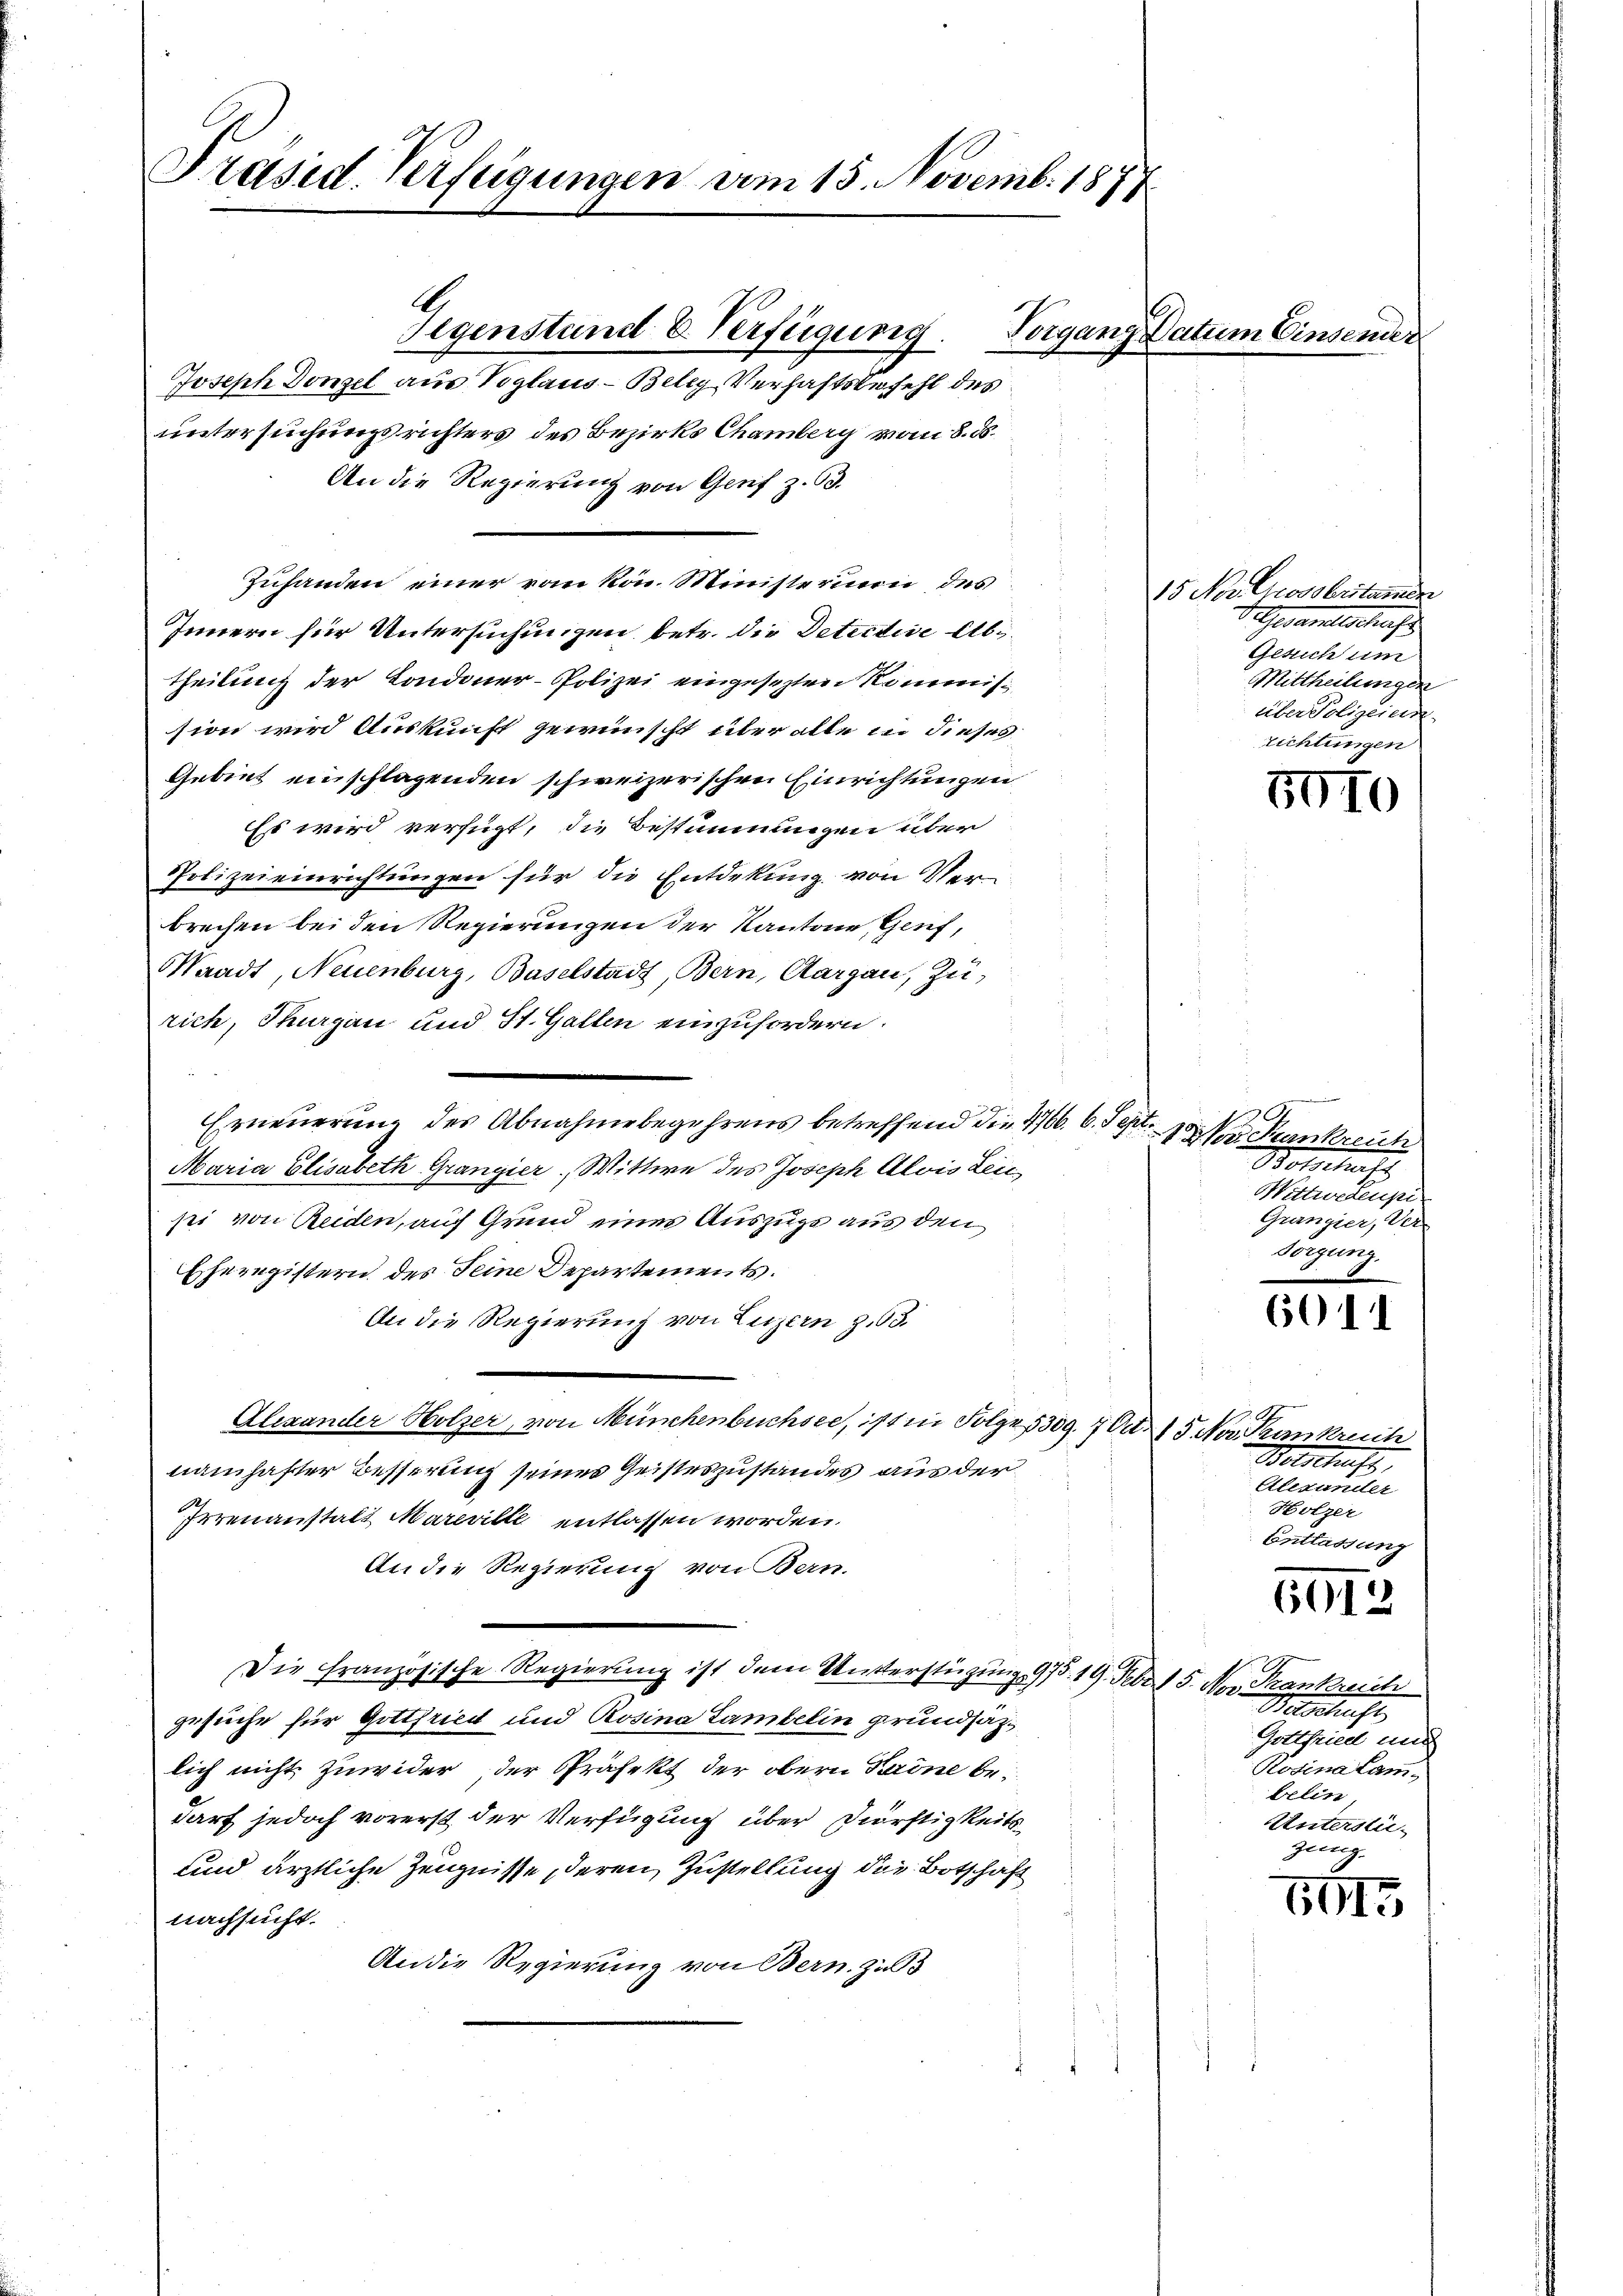
Präsid. Verfeigungen vom 15. Novemb. 1877

Gegenstand u. Verfügung. Vorgang Datum Einsender
Joseph Donzel aus Voglaus - Beleg Verhaftsbefehl des
untersuchungsrichters des Bezirks Chamberg vom 8. d.
An die Regierung von Genf z. 63.
Zuhanden einer von von Ministerium des
Innern für Untersuchungen betr. die Detective Abtheilung der Condoner-Polizei eingesezten Kommission wird Auskunft gewünscht über alle in dieses
Gebiet einschlagenden schweizerischen Einrichtungen
Es wird verfügt, die Bestimmungen über
Polizeieinrichtungen für die Entdekung von Ver-
brechen bei den Regierungen der Kantone, Genf,
Waadt, Neuenburg, Baselstadt, Bern, Aargau, Zu-
rich, Thurgau und St. Gallen einzufordern.
Erneuerung des Abnahme begehrens betreffend die 476. 6. Sept.
Maria Elisabeth Gränz(...) Wittwe des Joseph Alois Leicsei von Reiden, auf Grund eines Auszüge aus den
Eheregistern des Seine Departements.
An die Regierung von Luzern Z. 63.
Alexander Holzer, von Münchenbuchsee, ist in Folge sog. 705 Nov. Krankreich
namhafter Besserung seines Geisteszustandes aus der
Irrenanstalt Mareville entlassen worden.
An die Regierung von Bern.
Die französische Regierung ist dem Unterstützung 975. 19. Febr. 5. Nov. Frankreich
gesuche für Gottfried und Rosina Lambelin grundsatzlich nicht zuwider der Präfekt der obern Kaine bedarf jedoch vorerst der Verfügung über Dürftigkeits¬
und ärztliche Zeugnisse, deren Zustellung die Botschaft
nachsucht.
An die Regierung von Bern. Zu

15 Nov. Chrossbritamen
V. Gesandtschaft
Gesuch um
Mittheilungen
 über Polizeien.
richtungen

5010

0
Ver Sumkreich
Botschaft
Wittwetenpi
Grangier, Ver-
sorgung.

6011

A.
Botschuss,
Elesunder
Holzer
Entlassung

6012

Betschaft
Gottfriedl und
Rosina Lam-
belin.
Unterstügung.

6915